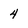
Character: 4